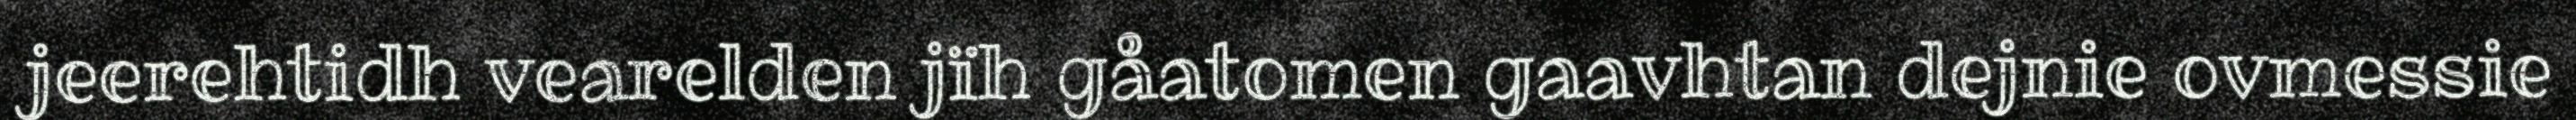
jeerehtidh vearelden jïh gåatomen gaavhtan dejnie ovmessie